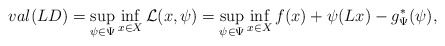
\begin{align*}val (LD) = \sup_{\psi\in\Psi}\inf_{x\in X} \mathcal{L} (x,\psi) = \sup_{\psi\in\Psi}\inf_{x\in X} f(x) + \psi(Lx) -g^*_\Psi (\psi), \end{align*}